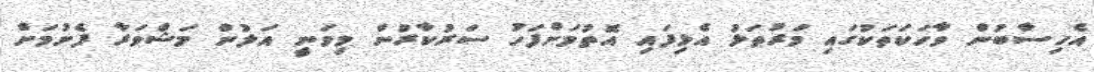
އެހިސާބުން ވާހަކަތަކުގައި މަރުތަޅު އެޅިފައި އޮތުމަށްފަހު ސަރުކާރުން މިވަނީ އަލުން މަޝްވަރާ ފެށުމަށް